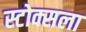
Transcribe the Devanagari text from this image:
स्टोक्सला